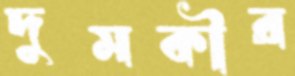
দুমকীর